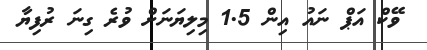
ވޭކް އަޕް ނައު އިން 1.5 މިލިޔަނަށް ވުރެ ގިނަ ރުފިޔާ